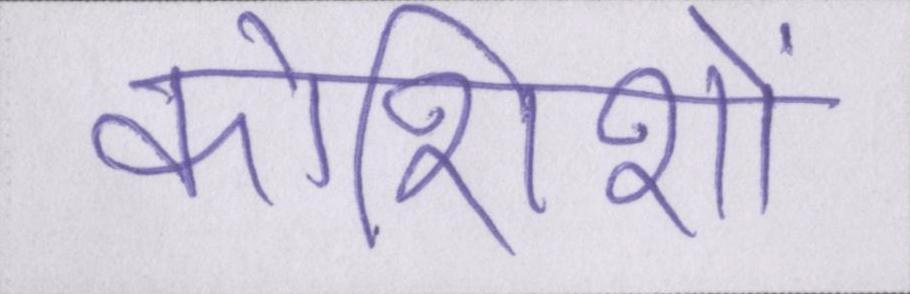
कोशिशों